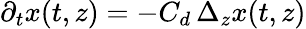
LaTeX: \partial_{t}x(t,z)=-C_{d}\, \Delta_{z}x(t,z)